Indian Medical Review
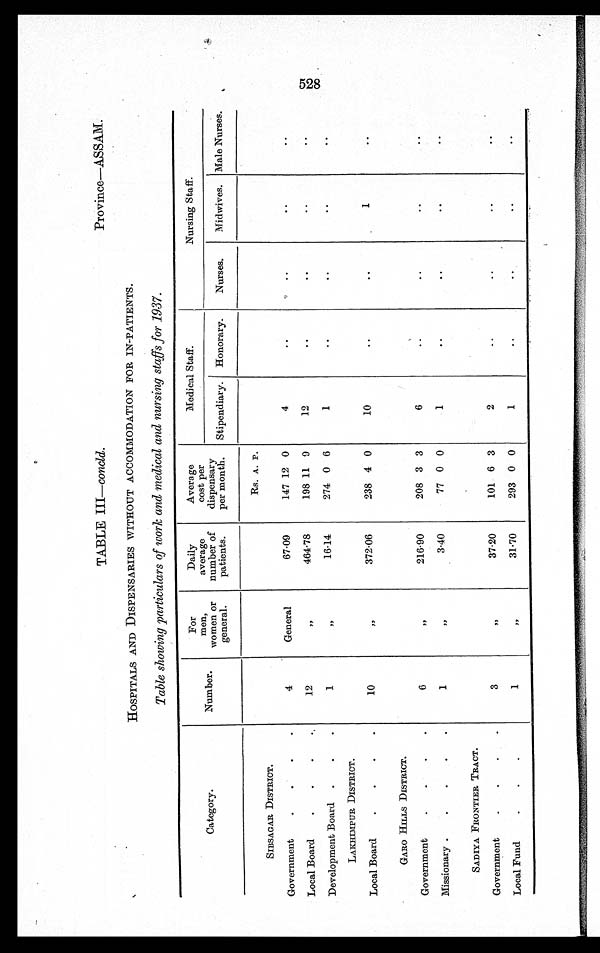
TABLE III—concld.
Province—ASSAM.
HOSPITALS AND DISPENSARIES WITHOUT ACCOMMODATION FOR IN-PATIENTS.
Table showing particulars of work and medical and nursing staffs for 1937.
Category.
Number.
For
men,
women or
general.
Daily
average
number of
patients.
Average
cost per
dispensary
per month.
Medical Staff.
Nursing Staff.
Stipendiary.
Honorary.
Nurses.
Midwives. Male Nurses.
SIBSAGAR DISTRICT.
4
General
67.09
Rs. A. P.
4 ..
..
..
..
Government
.
.
.
.
147 12 0
Local Board
.
.
. .
12
,,
464.78
198 11 9
12
..
..
..
..
Development Board
.
.
.
1
,,
16.14
274 0 6
1
..
..
..
..
LAKHIMPUR DISTRICT.
10
„
372.06
238 4 0
10
..
..
1
..
Local Board
.
.
.
.
GARO HILLS DISTRICT.
6
77
216.90
208 3 3
6
..
..
..
..
Government
.
.
.
.
Missionary .
.
.
.
.
1
,,
3.40
77 0 0
1
..
..
..
..
SADIYA FRONTIER TRACT.
3
,,
37.20
101 6 3
2
..
..
..
..
Government
.
.
.
.
Local Fund . . . .
1
,,
31.70
293 0 0
1
..
..
..
..